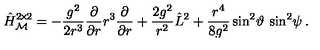
\hat { H } _ { \mathcal M } ^ { 2 \! \times \! 2 } = - \frac { g ^ { 2 } } { 2 r ^ { 3 } } \frac { \partial } { \partial r } r ^ { 3 } \frac { \partial } { \partial r } + \frac { 2 g ^ { 2 } } { r ^ { 2 } } \hat { L } ^ { 2 } + \frac { r ^ { 4 } } { 8 g ^ { 2 } } \sin ^ { 2 } \! \vartheta \: \sin ^ { 2 } \! \psi \: .